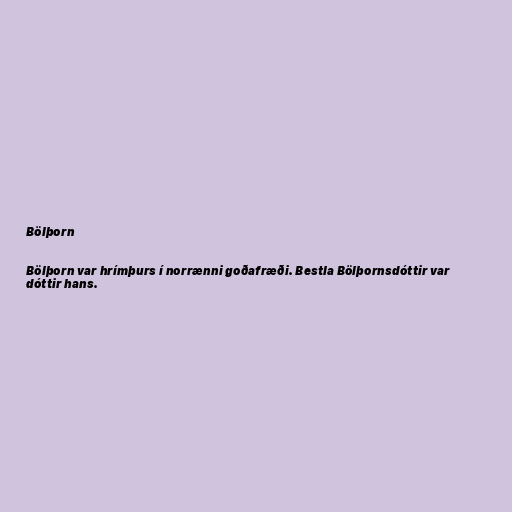
Bölþorn

Bölþorn var hrímþurs í norrænni goðafræði. Bestla Bölþornsdóttir var
dóttir hans.